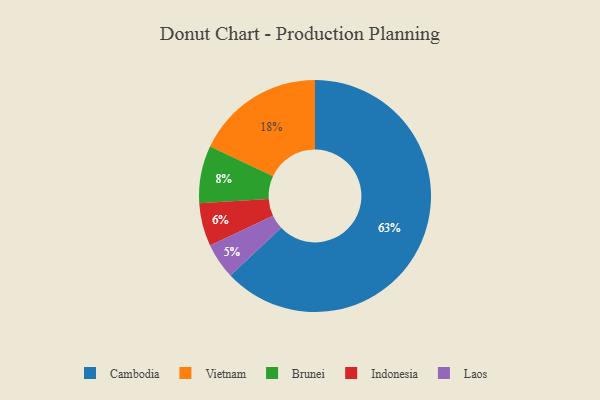
{"axis": {"x": "Category", "y": "Percentage"}, "legend": ["Brunei", "Cambodia", "Indonesia", "Laos", "Vietnam"], "data": [{"x": "Vietnam", "y": 18, "type": "Vietnam"}, {"x": "Indonesia", "y": 6, "type": "Indonesia"}, {"x": "Laos", "y": 5, "type": "Laos"}, {"x": "Cambodia", "y": 63, "type": "Cambodia"}, {"x": "Brunei", "y": 8, "type": "Brunei"}]}